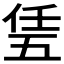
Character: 𠄶